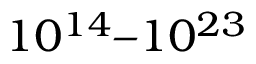
1 0 ^ { 1 4 } – 1 0 ^ { 2 3 }